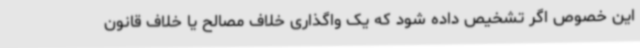
این خصوص اگر تشخیص داده شود که یک واگذاری خلاف مصالح یا خلاف قانون